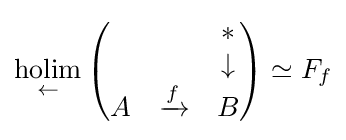
{\underset {\leftarrow }{\text{holim}}}\left({\begin{matrix}&&*\\&&\downarrow \\A&\xrightarrow {f} &B\end{matrix}}\right)\simeq F_{f}